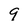
Character: 9